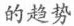
的趋势